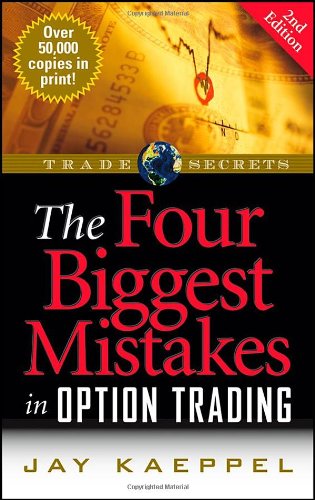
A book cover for The Four Biggest Mistakes in Option Trading; Jay Kaeppel; Business & Money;